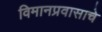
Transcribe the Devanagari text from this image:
विमानप्रवासाचे